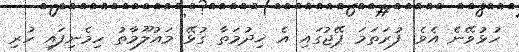
ހުޅުވޭނެ އެވެ. ފުރަތަމަ ޕޭޖުގައި އެ ޚިދުމަތާ ގުޅޭ މައުލޫމާތު ހިމެނިފައި ހުރި